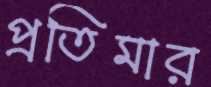
প্রতিমার